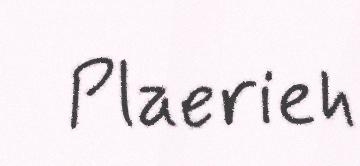
Plaerieh